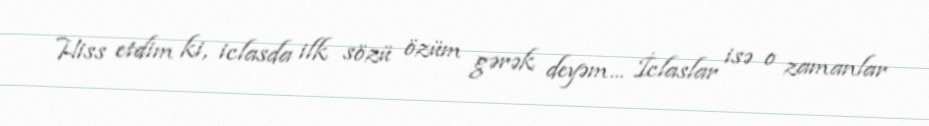
Hiss etdim ki, iclasda ilk sözü özüm gərək deyəm... İclaslar isə o zamanlar